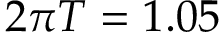
2 \pi T = 1 . 0 5